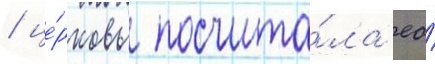
/ це́рковь посчита́ла ео́